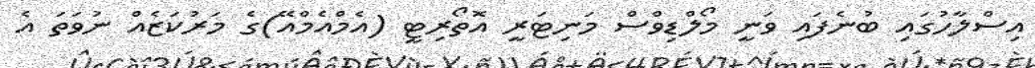
އިސްލާހުގައި ބުނެފައި ވަނީ މޯލްޑިވްސް މަނިޓަރީ އޮތޯރިޓީ (އެމްއެމްއޭ)ގެ މަރުކަޒެއް ނުވަތަ އެ